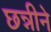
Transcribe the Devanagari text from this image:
छन्नीने